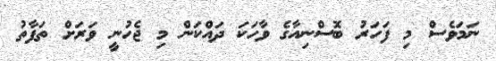
ނަމަވެސް މި ފަހަރު ބޮސްނިއާގެ ވާހަކަ ދައްކަން މި ޖެހުނީ ވަރަށް ތަފާތު